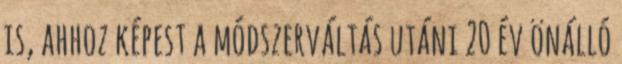
is, ahhoz képest a módszerváltás utáni 20 év önálló